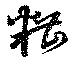
糟